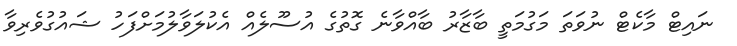
ނައިޓް މާކެޓް ނުވަތަ މަގުމަތީ ބާޒާރު ބާއްވާނެ ގޮތުގެ އުސޫލެއް އެކުލަވާލުމަށްފަހު ޝައުގުވެރިވާ